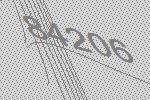
84206